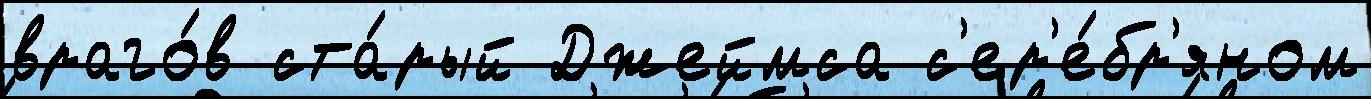
враго́в ста́рый Джеймса с'ер'е́бр'яном